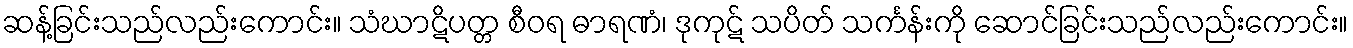
ဆန့်ခြင်းသည်လည်းကောင်း။ သံဃာဋိပတ္တ စီဝရ ဓာရဏံ၊ ဒုကုဋ် သပိတ် သင်္ကန်းကို ဆောင်ခြင်းသည်လည်းကောင်း။